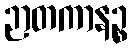
ဉာတကာနဉ္စ